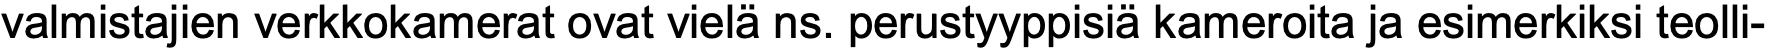
valmistajien verkkokamerat ovat vielä ns. perustyyppisiä kameroita ja esimerkiksi teolli-